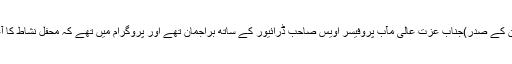
اپنے کمشنر صاحب اور صدرالصدور(ایسوسی ایشن کے صدر)جناب عزت عالی مآب پروفیسر اویس صاحب ڈرائیور کے ساتھ براجمان تھے اور پروگرام میں تھے کہ محفل نشاط کا آغاز تلاوت قرآن پاک سے ہو‘ الحمدللہ ایسا نہیں ہوا۔